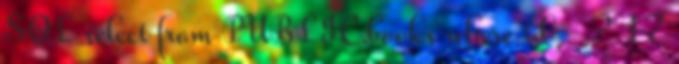
SQL select from PUBLIC.books where id = ? 17